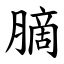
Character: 䐱